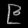
Digit: ၉